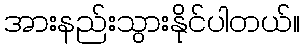
အားနည်းသွားနိုင်ပါတယ်။